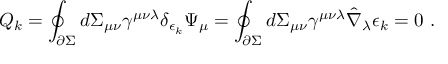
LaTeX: { \cal Q } _ { k } = \oint _ { \partial \Sigma } d \Sigma _ { \mu \nu } \gamma ^ { \mu \nu \lambda } \delta _ { \epsilon _ { k } } \Psi _ { \mu } = \oint _ { \partial \Sigma } d \Sigma _ { \mu \nu } \gamma ^ { \mu \nu \lambda } \hat { \nabla } _ { \lambda } \epsilon _ { k } = 0 \ .